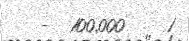
-  100